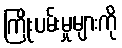
ကြိုးပမ်းမှုများကို